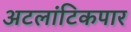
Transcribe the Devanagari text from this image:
अटलांटिकपार